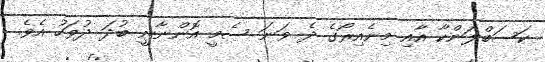
ކަސަބްލަންކާ އާއި މިނެއިރޯގެ ދެ ވަނަ ސެމީ އޮންނާނީ ބުދަ ދުވަހު އެވެ.